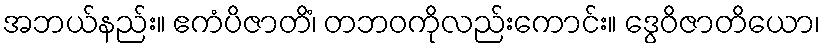
အဘယ်နည်း။ ဧကံပိဇာတိံ၊ တဘဝကိုလည်းကောင်း။ ဒွေဝိဇာတိယော၊